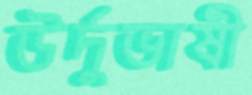
উর্দুভাষী